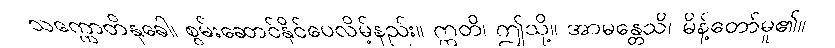
သက္ကောတိနုခေါ၊ စွမ်းဆောင်နိုင်ပေလိမ့်နည်း။ ဣတိ၊ ဤသို့။ အာမန္တေသိ၊ မိန့်တော်မူ၏။